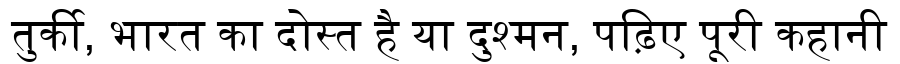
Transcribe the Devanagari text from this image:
तुर्की, भारत का दोस्त है या दुश्मन, पढ़िए पूरी कहानी